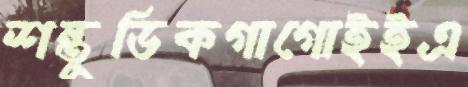
শন্তুডিকগাগোইইএ